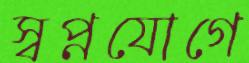
স্বপ্নযোগে